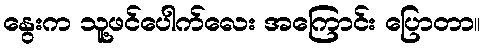
နွေးက သူ့ဖင်ပေါက်လေး အကြောင်း ပြောတာ။